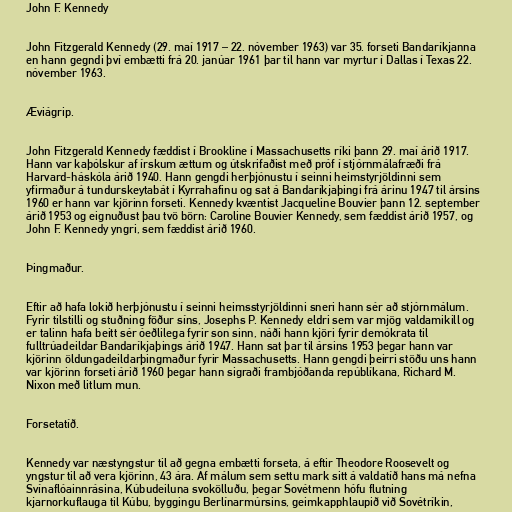
John F. Kennedy

John Fitzgerald Kennedy (29. maí 1917 – 22. nóvember 1963) var 35. forseti Bandaríkjanna
en hann gegndi því embætti frá 20. janúar 1961 þar til hann var myrtur í Dallas í Texas 22.
nóvember 1963.

Æviágrip.

John Fitzgerald Kennedy fæddist í Brookline í Massachusetts ríki þann 29. maí árið 1917.
Hann var kaþólskur af írskum ættum og útskrifaðist með próf í stjórnmálafræði frá
Harvard-háskóla árið 1940. Hann gengdi herþjónustu í seinni heimstyrjöldinni sem
yfirmaður á tundurskeytabát í Kyrrahafinu og sat á Bandaríkjaþingi frá árinu 1947 til ársins
1960 er hann var kjörinn forseti. Kennedy kvæntist Jacqueline Bouvier þann 12. september
árið 1953 og eignuðust þau tvö börn: Caroline Bouvier Kennedy, sem fæddist árið 1957, og
John F. Kennedy yngri, sem fæddist árið 1960.

Þingmaður.

Eftir að hafa lokið herþjónustu í seinni heimsstyrjöldinni sneri hann sér að stjórnmálum.
Fyrir tilstilli og stuðning föður síns, Josephs P. Kennedy eldri sem var mjög valdamikill og
er talinn hafa beitt sér óeðlilega fyrir son sinn, náði hann kjöri fyrir demókrata til
fulltrúadeildar Bandaríkjaþings árið 1947. Hann sat þar til ársins 1953 þegar hann var
kjörinn öldungadeildarþingmaður fyrir Massachusetts. Hann gengdi þeirri stöðu uns hann
var kjörinn forseti árið 1960 þegar hann sigraði frambjóðanda repúblíkana, Richard M.
Nixon með litlum mun.

Forsetatíð.

Kennedy var næstyngstur til að gegna embætti forseta, á eftir Theodore Roosevelt og
yngstur til að vera kjörinn, 43 ára. Af málum sem settu mark sitt á valdatíð hans má nefna
Svínaflóainnrásina, Kúbudeiluna svokölluðu, þegar Sovétmenn hófu flutning
kjarnorkuflauga til Kúbu, byggingu Berlínarmúrsins, geimkapphlaupið við Sovétríkin,